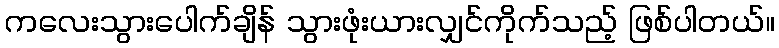
ကလေးသွားပေါက်ချိန် သွားဖုံးယားလျှင်ကိုက်သည့် ဖြစ်ပါတယ်။